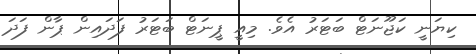
ކިޔަނީ ކަޖޫނަޓް ބަޓަރު އެވެ. މިއީ ޕީނަޓް ބަޓަރު ފަދައިން ޕާން ފަދަ